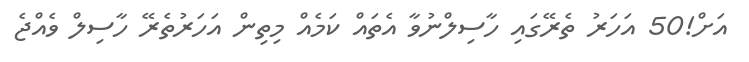
އަށް!50 އަހަރު ތެރޭގައި ހާސިލްނުވާ އެތައް ކަމެއް މިތިން އަހަރުތެރޭ ހާސިލް ވެއްޖެ